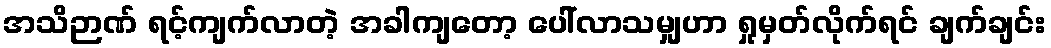
အသိဉာဏ် ရင့်ကျက်လာတဲ့ အခါကျတော့ ပေါ်လာသမျှဟာ ရှုမှတ်လိုက်ရင် ချက်ချင်း